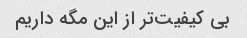
بی کیفیت‌تر از این مگه داریم